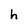
Character: h